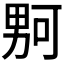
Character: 𪟡